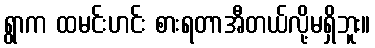
ရွာက ထမင်းဟင်း စားရတာအီတယ်လို့မရှိဘူး။